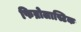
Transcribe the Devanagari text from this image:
फिब्रोलास्टिक